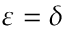
\varepsilon = \delta